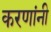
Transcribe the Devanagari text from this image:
करणांनी